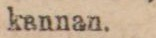
kennan.